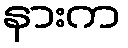
နားက